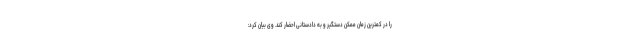
را در کمترین زمان ممکن دستگیر و به دادستانی احضار کند. وی بیان کرد: